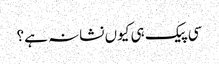
سی پیک ہی کیوں نشانہ ہے؟